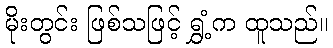
မိုးတွင်း ဖြစ်သဖြင့် ရွှံ့က ထူသည်။